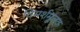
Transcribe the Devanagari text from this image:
विमर्शमूलक